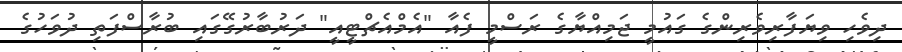
ދިވެހި ވިޔަފާރިވެރިންގެ ގައުމީ ޖަމިއްޔާގެ ރަސްމީ ފެއާ "އެމްއެޗްޓީއީ" ދަރުބާރުގޭގައި ބުރާސްފަތި ދުވަހުގެ